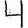
Digit: 4